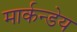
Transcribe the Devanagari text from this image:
मार्कन्डेय